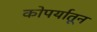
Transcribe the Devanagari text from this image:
कोपर्यातून